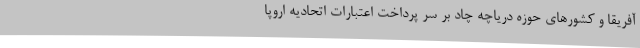
آفریقا و کشورهای حوزه دریاچه چاد بر سر پرداخت اعتبارات اتحادیه اروپا